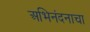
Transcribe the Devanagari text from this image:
अभिनंदनाचा